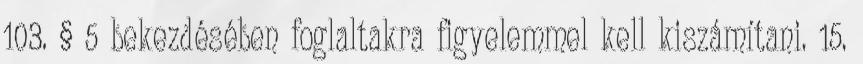
103. § 5 bekezdésében foglaltakra figyelemmel kell kiszámítani. 15.